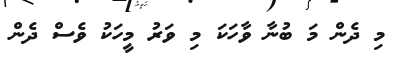
މި ދެން މަ ބުނާ ވާހަކަ މި ވަރު މީހަކު ވެސް ދެން